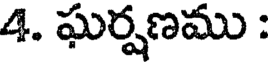
4. ఘర్షణము :